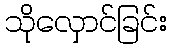
သိုလှောင်ခြင်း